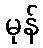
မုန်